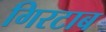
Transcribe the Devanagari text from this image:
गिरटाब